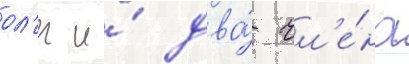
ол'ег и́ два́ чл'е́на